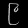
Digit: ၉